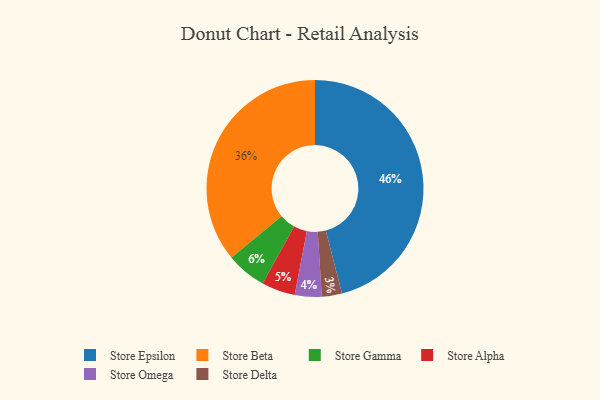
{"axis": {"x": "Category", "y": "Percentage"}, "legend": ["Store Alpha", "Store Beta", "Store Delta", "Store Epsilon", "Store Gamma", "Store Omega"], "data": [{"x": "Store Gamma", "y": 6, "type": "Store Gamma"}, {"x": "Store Omega", "y": 4, "type": "Store Omega"}, {"x": "Store Epsilon", "y": 46, "type": "Store Epsilon"}, {"x": "Store Delta", "y": 3, "type": "Store Delta"}, {"x": "Store Beta", "y": 36, "type": "Store Beta"}, {"x": "Store Alpha", "y": 5, "type": "Store Alpha"}]}